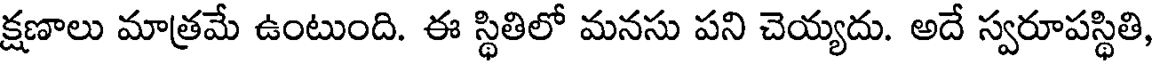
క్షణాలు మాత్రమే ఉంటుంది. ఈ స్థితిలో మనసు పని చెయ్యదు. అదే స్వరూపస్థితి,